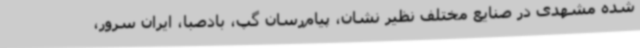
شده مشهدی در صنایع مختلف نظیر نشان، پیام‌رسان گپ، بادصبا، ایران سرور،